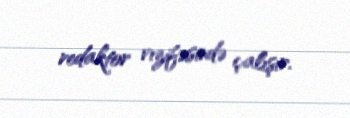
redaktor vızifəsində çalışır.